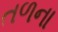
તળના